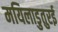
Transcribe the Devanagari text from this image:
मयिलाडुतुरई